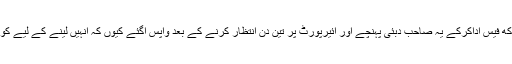
چنانچہ پانچ لاکھ فیس اداکرکے یہ صاحب دبئی پہنچے اور ائیرپورٹ پر تین دن انتظار کرنے کے بعد واپس آگئے کیوں کہ انہیں لینے کے لیے کوئی نہیں آیا تھا۔